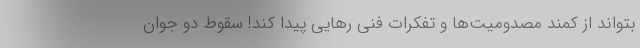
بتواند از کمند مصدومیت‌ها و تفکرات فنی رهایی پیدا کند! سقوط دو جوان